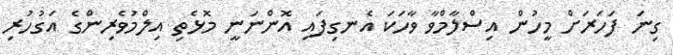
ގިނަ ފަހަރަށް މީހުން އިސްލާމްވާ ވާހަކަ އެނގިފައި އޮންނަނީ މޮޅެތި އިލްމުވެރިންގެ އަގުހުރި